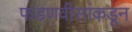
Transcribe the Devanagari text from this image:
फडणवीसांकडून